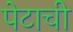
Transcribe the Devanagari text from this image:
पेटाची